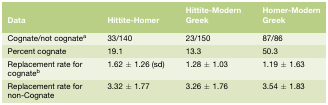
<table><thead><tr><td><b>Data</b></td><td><b>Hittite-Homer</b></td><td><b>Hittite-Modern Greek</b></td><td><b>Homer-Modern Greek</b></td></tr></thead><tbody><tr><td>Cognate/not cognatea</td><td>33/140</td><td>23/150</td><td>87/86</td></tr><tr><td>Percent cognate</td><td>19.1</td><td>13.3</td><td>50.3</td></tr><tr><td>Replacement rate for cognateb</td><td>1.62 ± 1.26 (sd)</td><td>1.28 ± 1.03</td><td>1.19 ± 1.63</td></tr><tr><td>Replacement rate for non-Cognate</td><td>3.32 ± 1.77</td><td>3.26 ± 1.76</td><td>3.54 ± 1.83</td></tr></tbody></table>